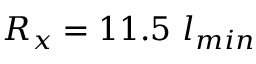
R _ { x } = 1 1 . 5 ~ l _ { m i n }